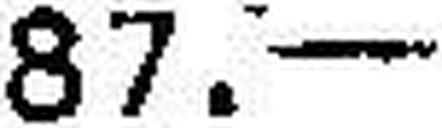
87.—